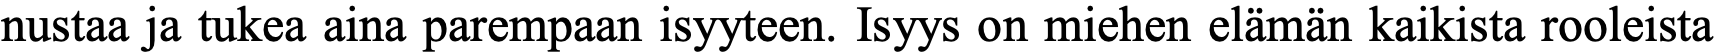
nustaa ja tukea aina parempaan isyyteen. Isyys on miehen elämän kaikista rooleista